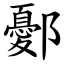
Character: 鄾